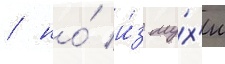
/ но́ и́з му́х'и